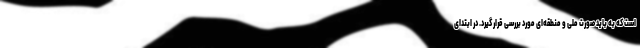
است که به باید صورت ملی و منطقه‌ای مورد بررسی قرار گیرد. در ابتدای